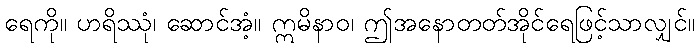
ရေကို။ ဟရိဿုံ၊ ဆောင်အံ့။ ဣမိနာဝ၊ ဤအနောတတ်အိုင်ရေဖြင့်သာလျှင်။